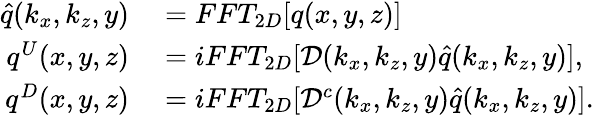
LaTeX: \begin{array}{rl}{\hat{q}(k_{x},k_{z},y)}&{{}=FFT_{2D}[q(x,y,z)]}\\ {q^{U}(x,y,z)}&{{}=iFFT_{2D}[\mathcal{D}(k_{x},k_{z},y)\hat{q}(k_{x},k_{z},y)],}\\ {q^{D}(x,y,z)}&{{}=iFFT_{2D}[\mathcal{D}^{c}(k_{x},k_{z},y)\hat{q}(k_{x},k_{z},y)].}\end{array}